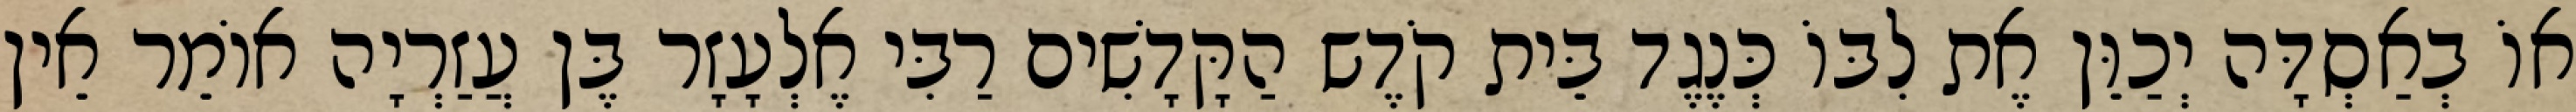
אוֹ בְאַסְדָּה יְכַוֵּן אֶת לִבּוֹ כְּנֶגֶד בֵּית קֹדֶש הַקָּדָשִׁים רַבִּי אֶלְעָזָר בֶּן עֲזַרְיָה אוֹמֵר אֵין